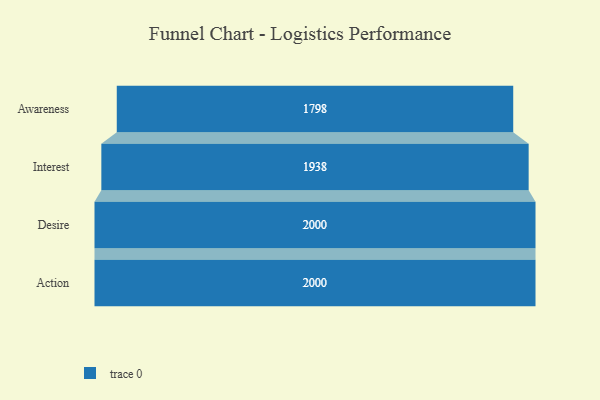
{"axis": {"x": "Stage", "y": "Value"}, "legend": [""], "data": [{"x": "Awareness", "y": 1798.0, "type": ""}, {"x": "Interest", "y": 1938.0, "type": ""}, {"x": "Desire", "y": 2000, "type": ""}, {"x": "Action", "y": 2000, "type": ""}]}